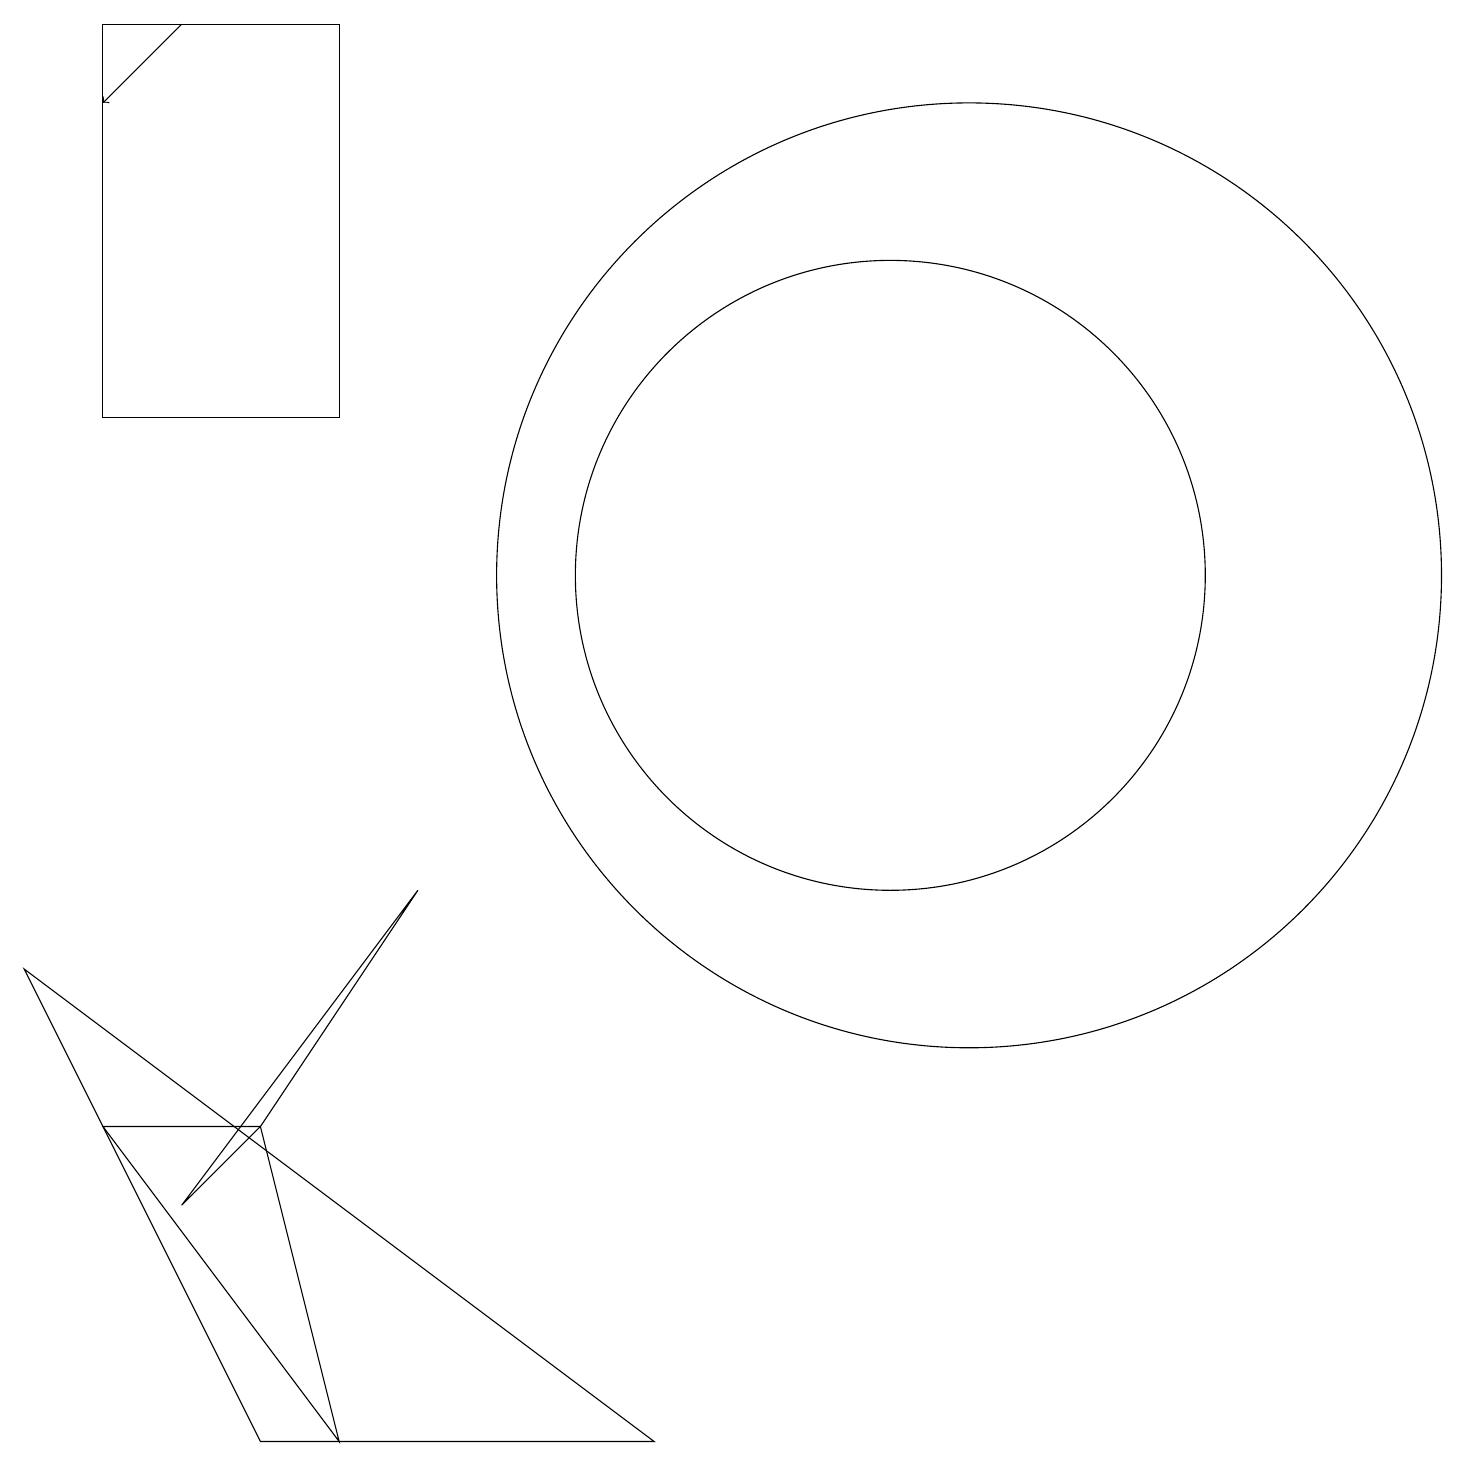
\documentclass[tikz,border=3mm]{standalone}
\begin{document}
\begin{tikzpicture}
\draw (3,0) -- (0,6) -- (8,0) -- cycle;
\draw[->] (2,18) -- (1,17);
\draw (11,11) circle (0);
\draw (12,11) circle (6);
\draw (11,11) circle (4);
\draw (3,4) -- (2,3) -- (5,7) -- cycle;
\draw (3,4) -- (1,4) -- (4,0) -- cycle;
\draw (4,18) rectangle (1,13);
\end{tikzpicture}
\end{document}